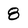
Character: 8